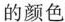
的颜色